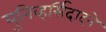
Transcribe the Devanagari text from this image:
युनिव्हर्सिदादने